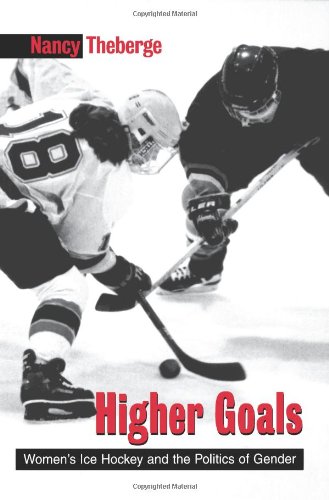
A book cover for Higher Goals (Suny Series on Sport, Culture, and Social Relations); Nancy Theberge; Sports & Outdoors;